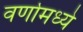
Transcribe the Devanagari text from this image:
वर्णामध्ये